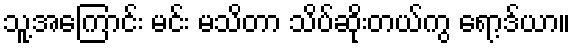
သူ့အကြောင်း မင်း မသိတာ သိပ်ဆိုးတယ်ကွ ရော့ဒ်ယာ။